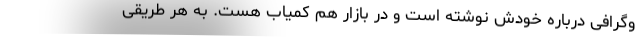
وگرافی درباره خودش نوشته است و در بازار هم کمیاب هست. به هر طریقی